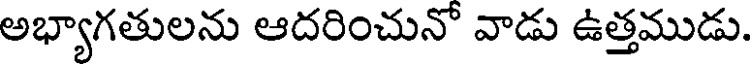
అభ్యాగతులను ఆదరించునో వాడు ఉత్తముడు.